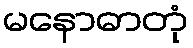
မနောဓာတုံ